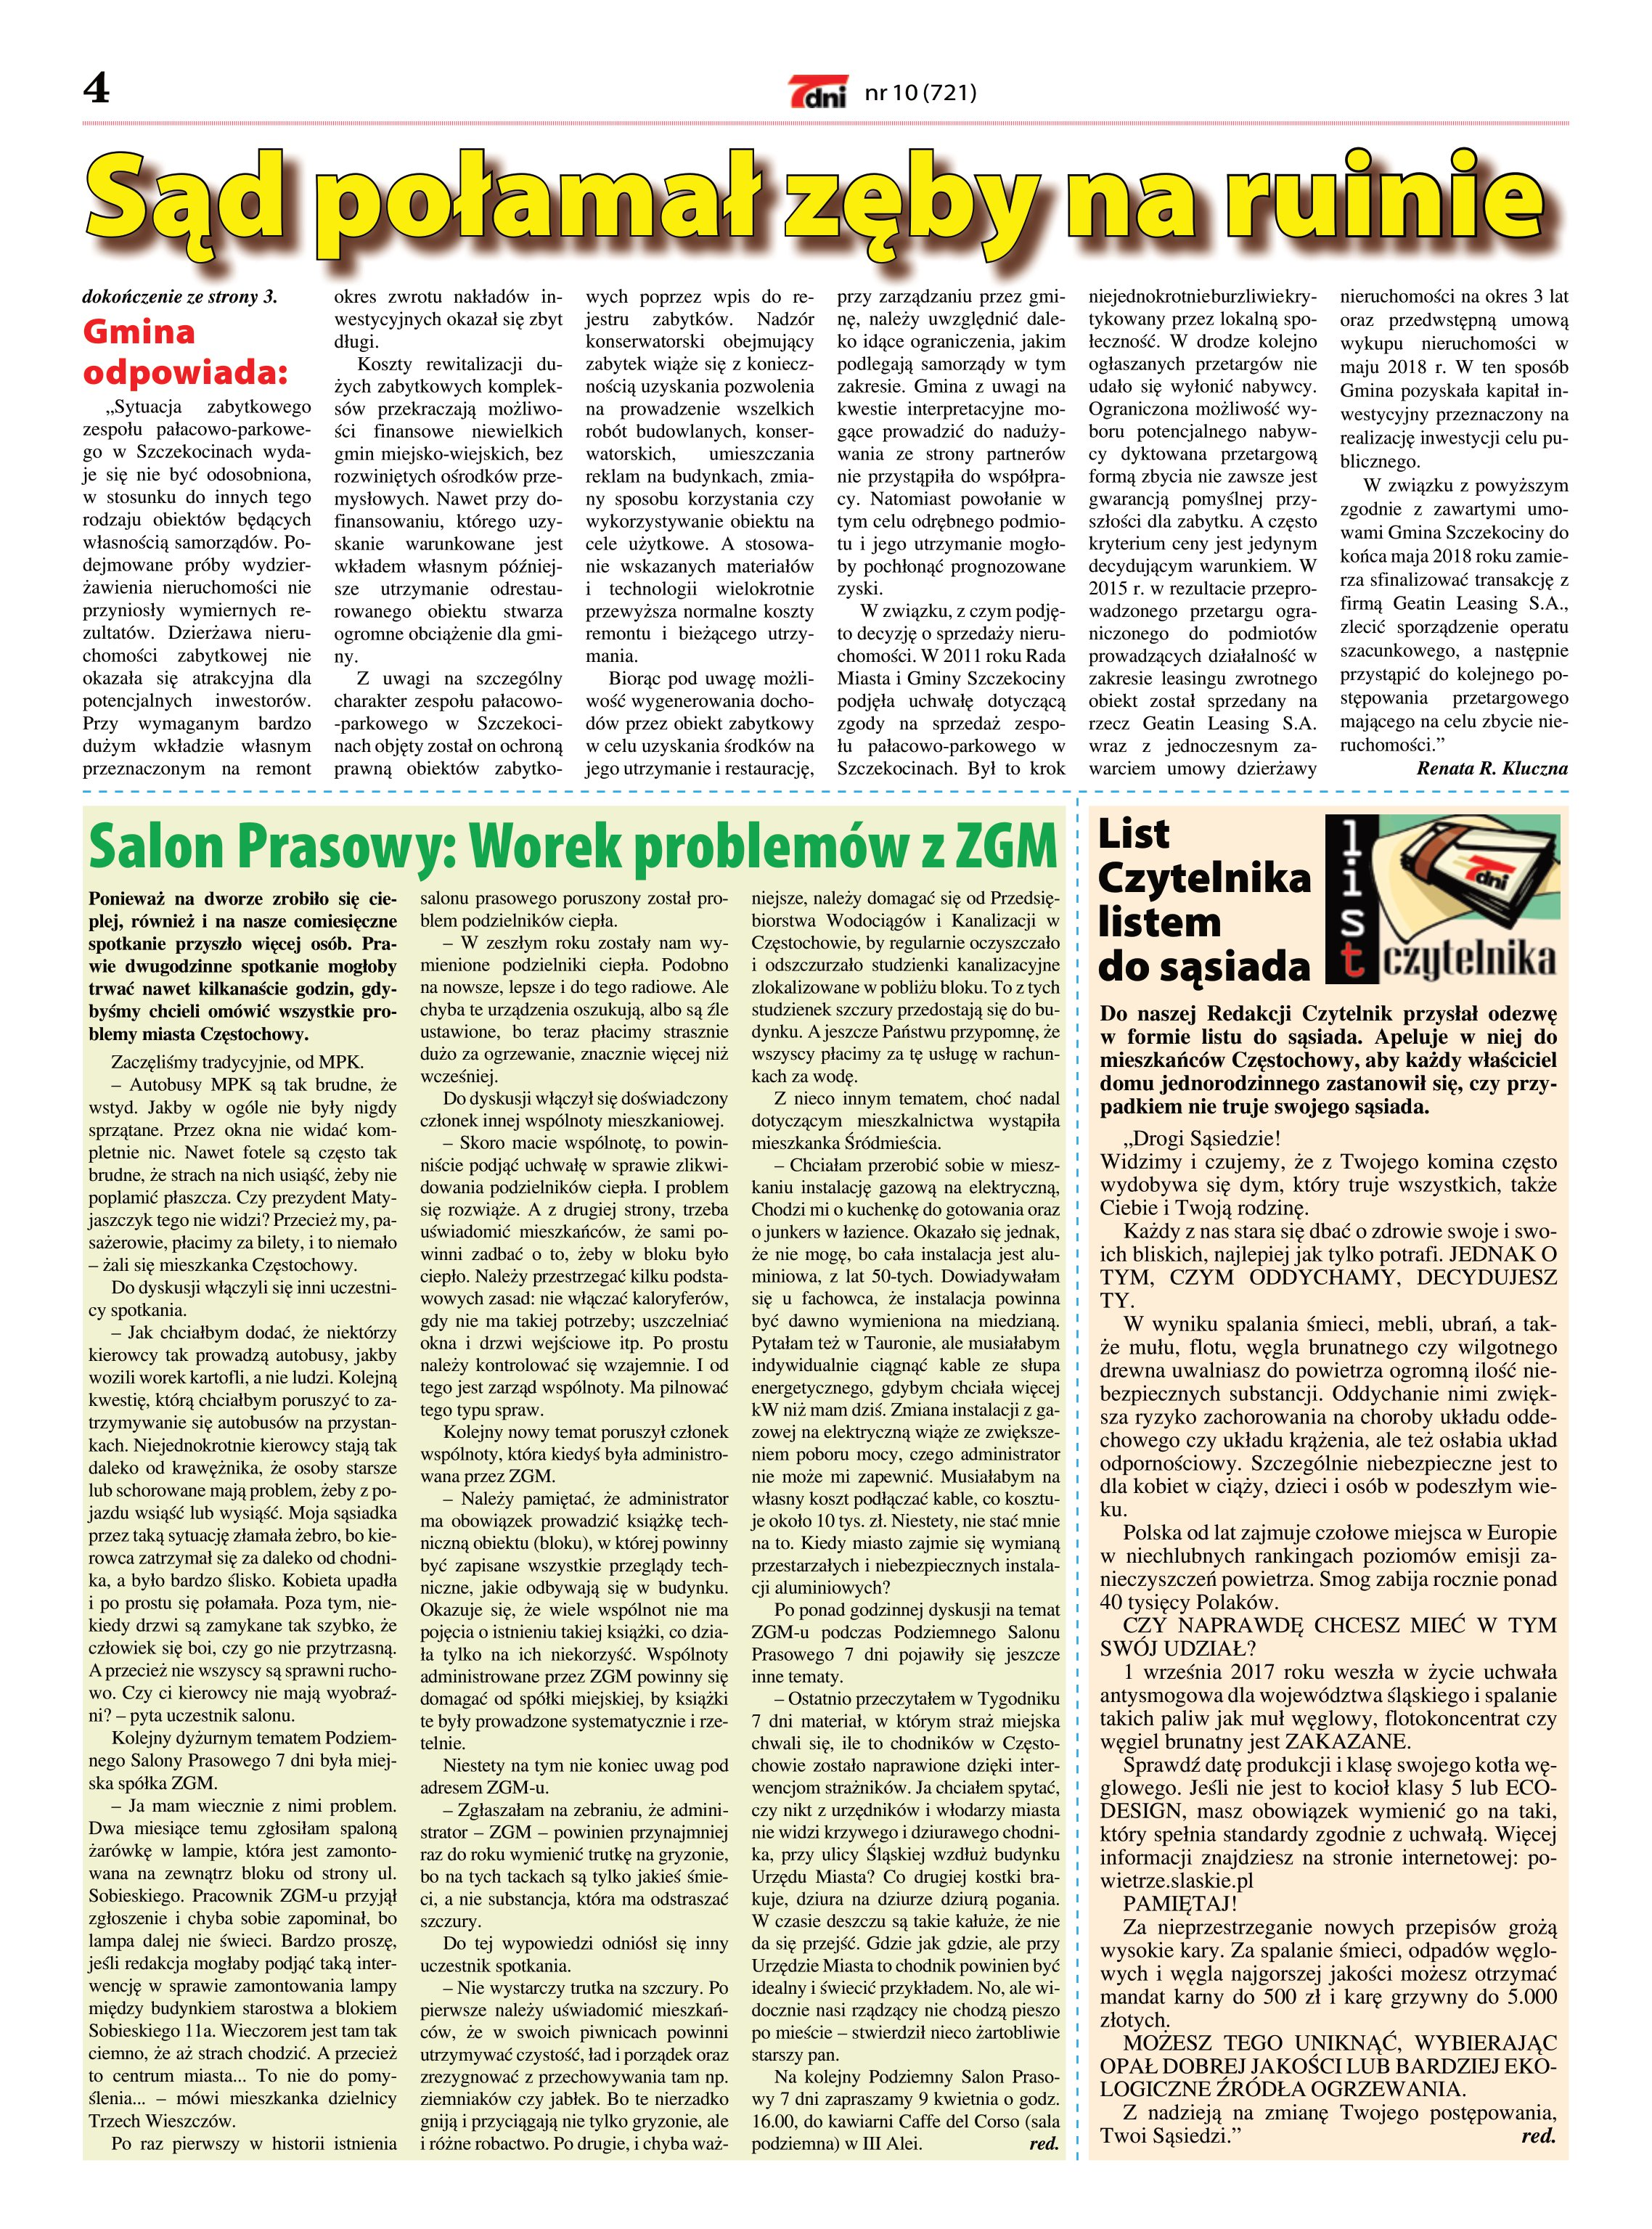
Language: pl